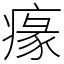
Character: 𤸁